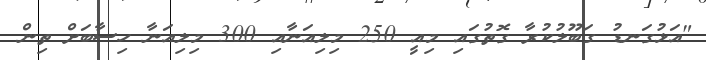
"އަޅުގަނޑު ގަބޫލުކުރާ ގޮތުގައި މިއީ 250 މިލިއަނާއި 300 މިލިއަނާ ހިސާބަށް ތިން